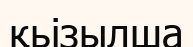
қьізылша